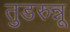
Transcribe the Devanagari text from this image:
तुडरुन्नू